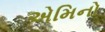
એમિનો